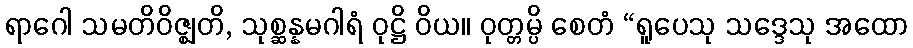
ရာဂေါ သမတိဝိဇ္ဈတိ, သုစ္ဆန္နမဂါရံ ဝုဋ္ဌိ ဝိယ။ ဝုတ္တမ္ပိ စေတံ “ရူပေသု သဒ္ဒေသု အထော